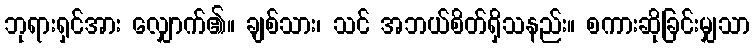
ဘုရားရှင်အား လျှောက်၏။ ချစ်သား၊ သင် အဘယ်စိတ်ရှိသနည်း။ စကားဆိုခြင်းမျှသာ